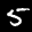
Label: 5